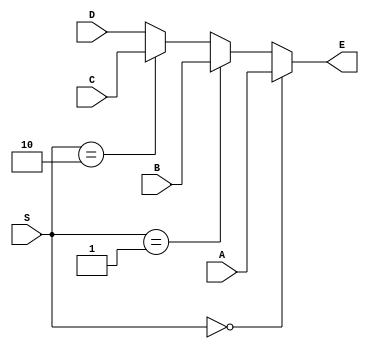
module MUX16_4_1(input [15:0] A, output wire [15:0] E,
                 input [15:0] B,
                 input [15:0] C,
                 input [15:0] D,
                 input [ 1:0] S);

  assign E = (S == 0)? A :
				     (S == 1)? B :
				     (S == 2)? C : 
                       D ;

endmodule